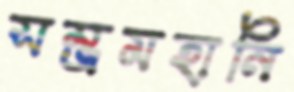
সম্ভ্রমহানি